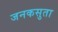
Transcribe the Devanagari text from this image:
जनकसुता